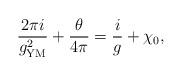
LaTeX: \begin{align*}\frac{2 \pi i}{g_{\rm YM}^2} + \frac{\theta}{4\pi} = \frac{i}{ g} + \chi_0,\end{align*}